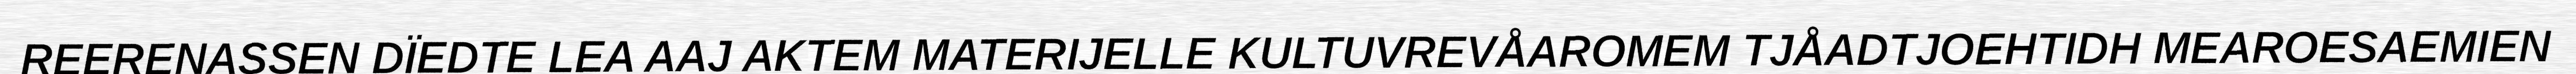
REERENASSEN DÏEDTE LEA AAJ AKTEM MATERIJELLE KULTUVREVÅAROMEM TJÅADTJOEHTIDH MEAROESAEMIEN